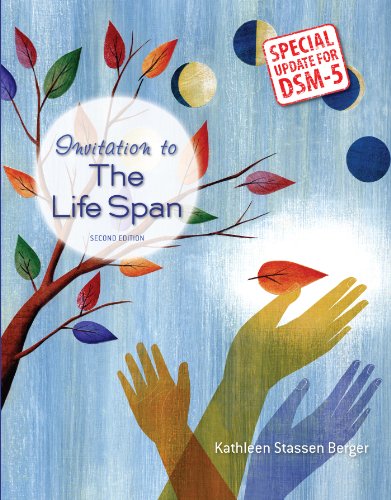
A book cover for Invitation to the Life Span with Updates on DSM-5; Kathleen Stassen Berger; Medical Books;